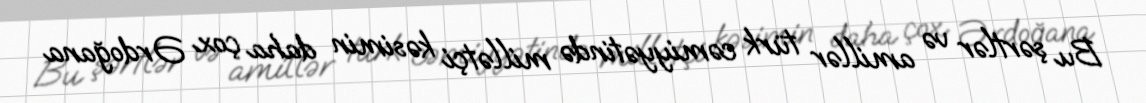
Bu şərtlər və amillər türk cəmiyyətində millətçi kəsimin daha çox Ərdoğana